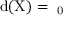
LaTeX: \mathrm { { { d } ( X ) = \aleph _ { 0 } } }